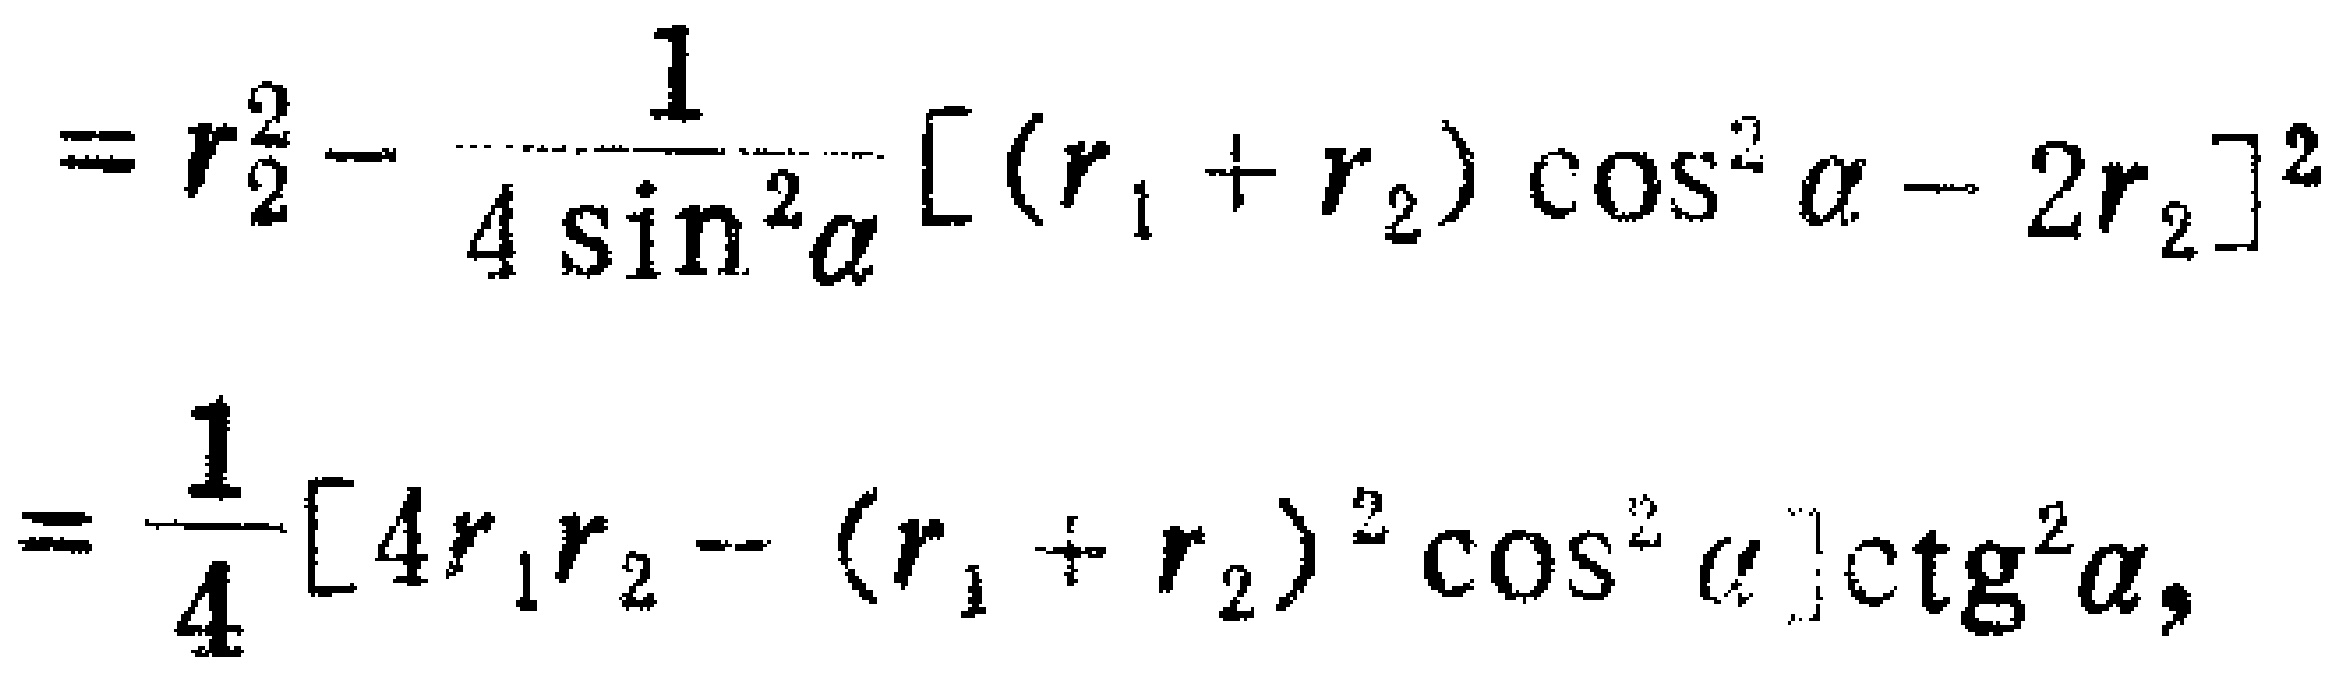
\[
\begin{align*}
&=r_{2}^{2}-\frac{1}{4\sin^{2}\alpha}[(r_{1} + r_{2})\cos^{2}\alpha - 2r_{2}]^{2}\\
&=\frac{1}{4}[4r_{1}r_{2}-(r_{1} + r_{2})^{2}\cos^{2}\alpha]\text{ctg}^{2}\alpha,
\end{align*}
\]